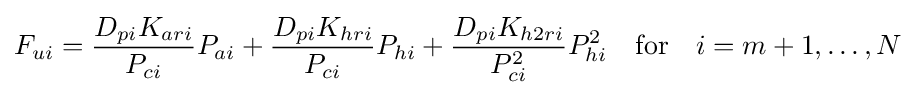
F_{ui}={\frac {D_{pi}K_{ari}}{P_{ci}}}P_{ai}+{\frac {D_{pi}K_{hri}}{P_{ci}}}P_{hi}+{\frac {D_{pi}K_{h2ri}}{P_{ci}^{2}}}P_{hi}^{2}\quad {\text{for}}\quad i=m+1,\ldots ,N